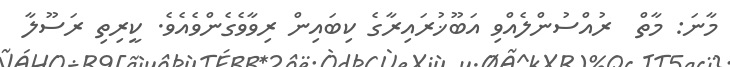
މާނަ: މާތް  ރުއްސުންލެއްވި އަބޫޚުރައިރާގެ ކިބައިން ރިވާވެގެންވެއެވެ. ކީރިތި ރަސޫލާ